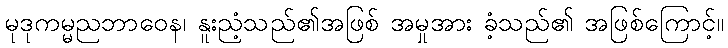
မုဒုကမ္မညဘာဝေန၊ နူးညံ့သည်၏အဖြစ် အမှုအား ခံ့သည်၏ အဖြစ်ကြောင့်။